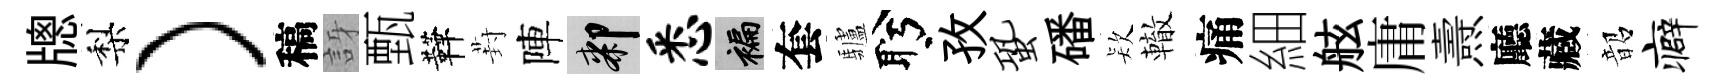
牕梨）稿訝甄鞾葑陣膝悉褊套驢盻孜蛩磻𣣇轍痛細舷庸燾廳藏韶癖